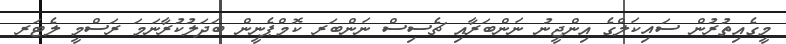
މީގެއިތުރުން ސައިކަލްގެ އިންޖީނު ނަންބަރާއި ޗެސިސް ނަންބަރ ކޮމްޕެނީން ބަދަލުކުރާނަމަ ރަސްމީ ލެޓަރ